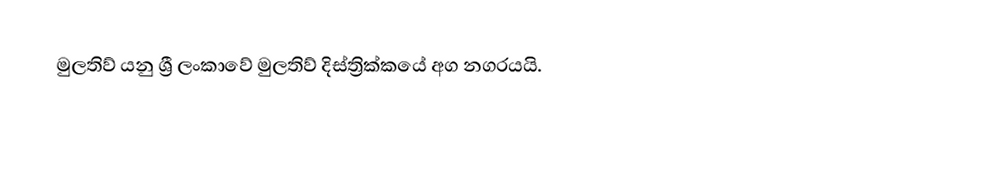
මුලතිව්  යනු ශ්‍රී ලංකාවේ මුලතිව්  දිස්ත්‍රික්කයේ අග නගරයයි.